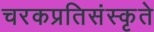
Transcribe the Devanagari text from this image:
चरकप्रतिसंस्कृते